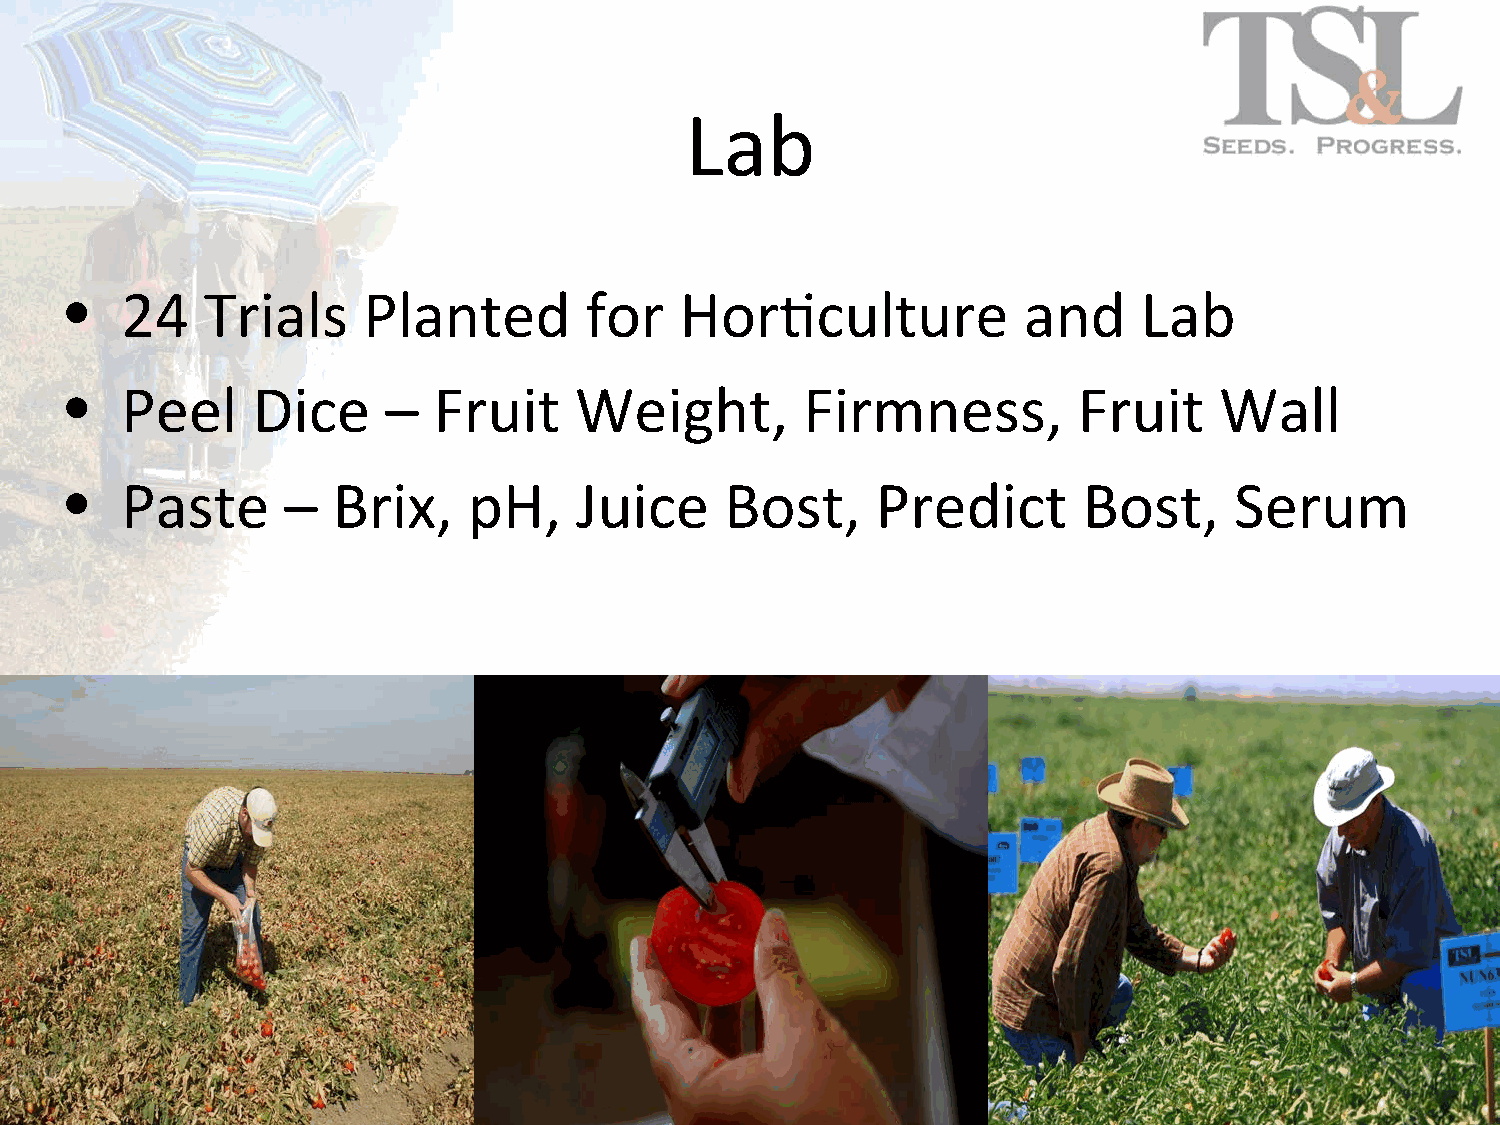
Lab
 •   24    Trials    Planted        for   Hor&culture            and     Lab
 •   Peel     Dice     –  Fruit    Weight,        Firmness,         Fruit     Wall
 •   Paste      –  Brix,    pH,    Juice     Bost,     Predict       Bost,     Serum
 5